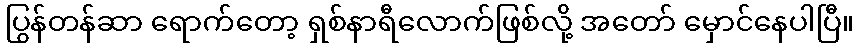
ပြွန်တန်ဆာ ရောက်တော့ ရှစ်နာရီလောက်ဖြစ်လို့ အတော် မှောင်နေပါပြီ။